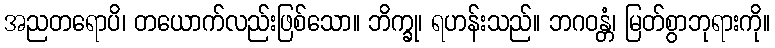
အညတရောပိ၊ တယောက်လည်းဖြစ်သော။ ဘိက္ခု၊ ရဟန်းသည်။ ဘဂဝန္တံ၊ မြတ်စွာဘုရားကို။